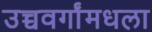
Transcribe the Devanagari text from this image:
उच्चवर्गांमधला